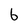
Character: 6